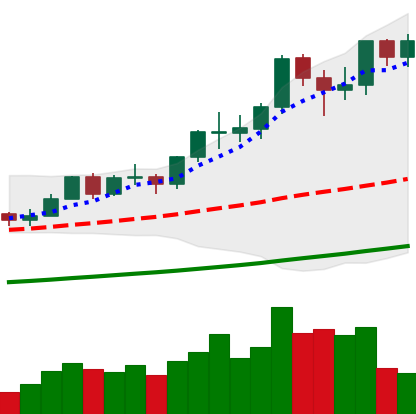
Ticker: LTC-USD
Chart end date: 2021-02-19
Forward return: -23.364%
Label: down_7plus